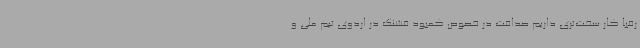
رقبا کار سخت‌تری داریم صداقت در خصوص کمبود فشنگ در اردوی تیم ملی و